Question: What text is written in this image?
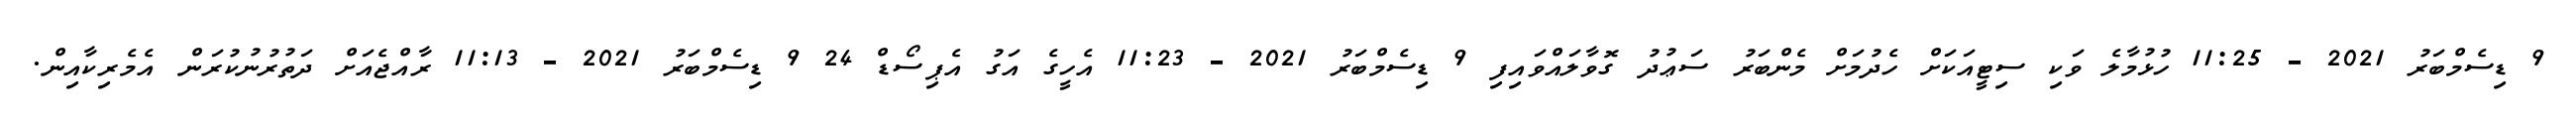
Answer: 9 ޑިސެމްބަރު 2021 - 11:25 ހުޅުމާލެ ވަކި ސިޓީއަކަށް ހެދުމަށް މެންބަރު ސަޢުދު ގޮވާލައްވައިފި 9 ޑިސެމްބަރު 2021 - 11:23 އެހީގެ އަގު އެޕިސޯޑް 24 9 ޑިސެމްބަރު 2021 - 11:13 ރާއްޖެއަށް ދަތުރުނުކުރަން އެމެރިކާއިން.